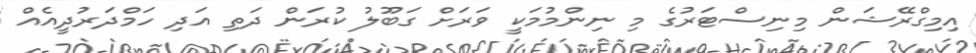
އިމިގްރޭޝަން މިނިސްޓަރުގެ މި ނިންމުމަކީ ވަރަށް ގަބޫލު ކުރަން ދަތި އަދި ހަމްދަރުދީއެއް